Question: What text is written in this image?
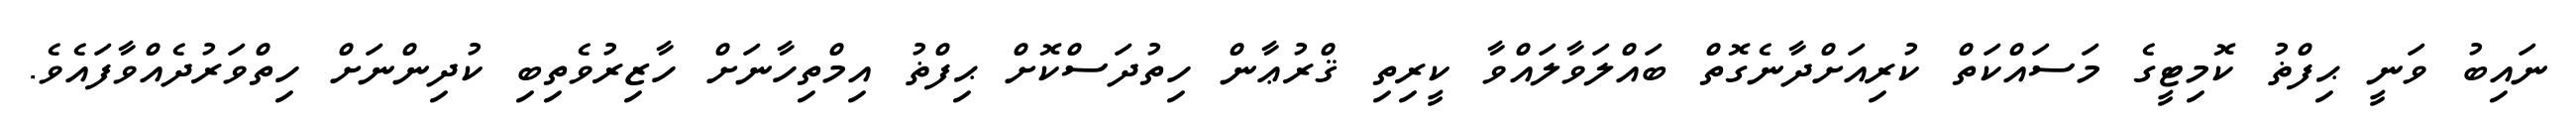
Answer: ނައިބު ވަނީ ޙިފްޡު ކޮމިޓީގެ މަސައްކަތް ކުރިއަށްދާނެގޮތް ބައްލަވާލައްވާ ކީރިތި ޤްރުޢާން ހިތުދަސްކޮށް ޙިފްޡު އިމްތިހާނަށް ހާޒިރުވެތިބި ކުދިންނަށް ހިތްވަރުދެއްވާފައެވެ.